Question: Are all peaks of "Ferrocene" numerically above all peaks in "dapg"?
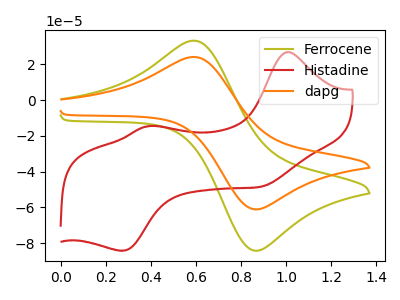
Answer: <think>The olive curve "Ferrocene" has an anodic peak at (0.60V, 33.20uA) and a cathodic peak at (0.85V, -83.95uA). The red curve "Histadine" has anodic peaks at (1.00V, 26.85uA) (0.40V, -14.55uA) and cathodic peaks at (0.90V, -48.25uA) (0.25V, -84.25uA). The orange curve "dapg" has an anodic peak at (0.60V, 24.10uA) and a cathodic peak at (0.85V, -60.90uA).</think>
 <answer>Every peak in "Ferrocene" is higher than every peak in "dapg".</answer>
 <eval>higher</eval>